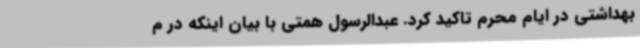
بهداشتی در ایام محرم تاکید کرد. عبدالرسول همتی با بیان اینکه در م